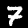
Label: 7